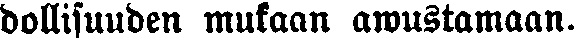
dollisuuden mukaan awustamaan.